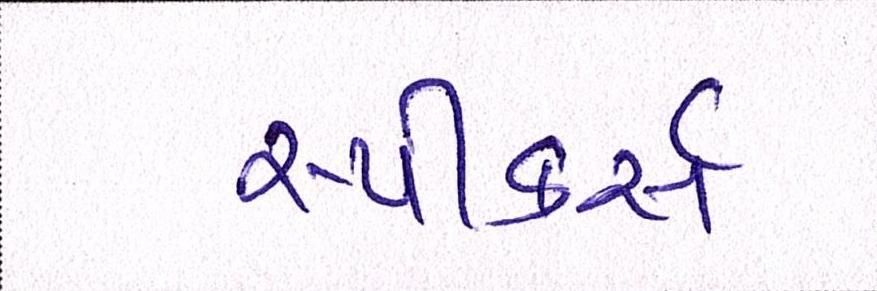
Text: સ્પીકર્સ